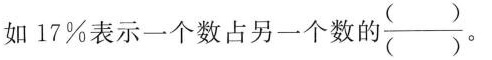
如17%表示一个数占另一个数的\frac{（ ）}{（ ）}。